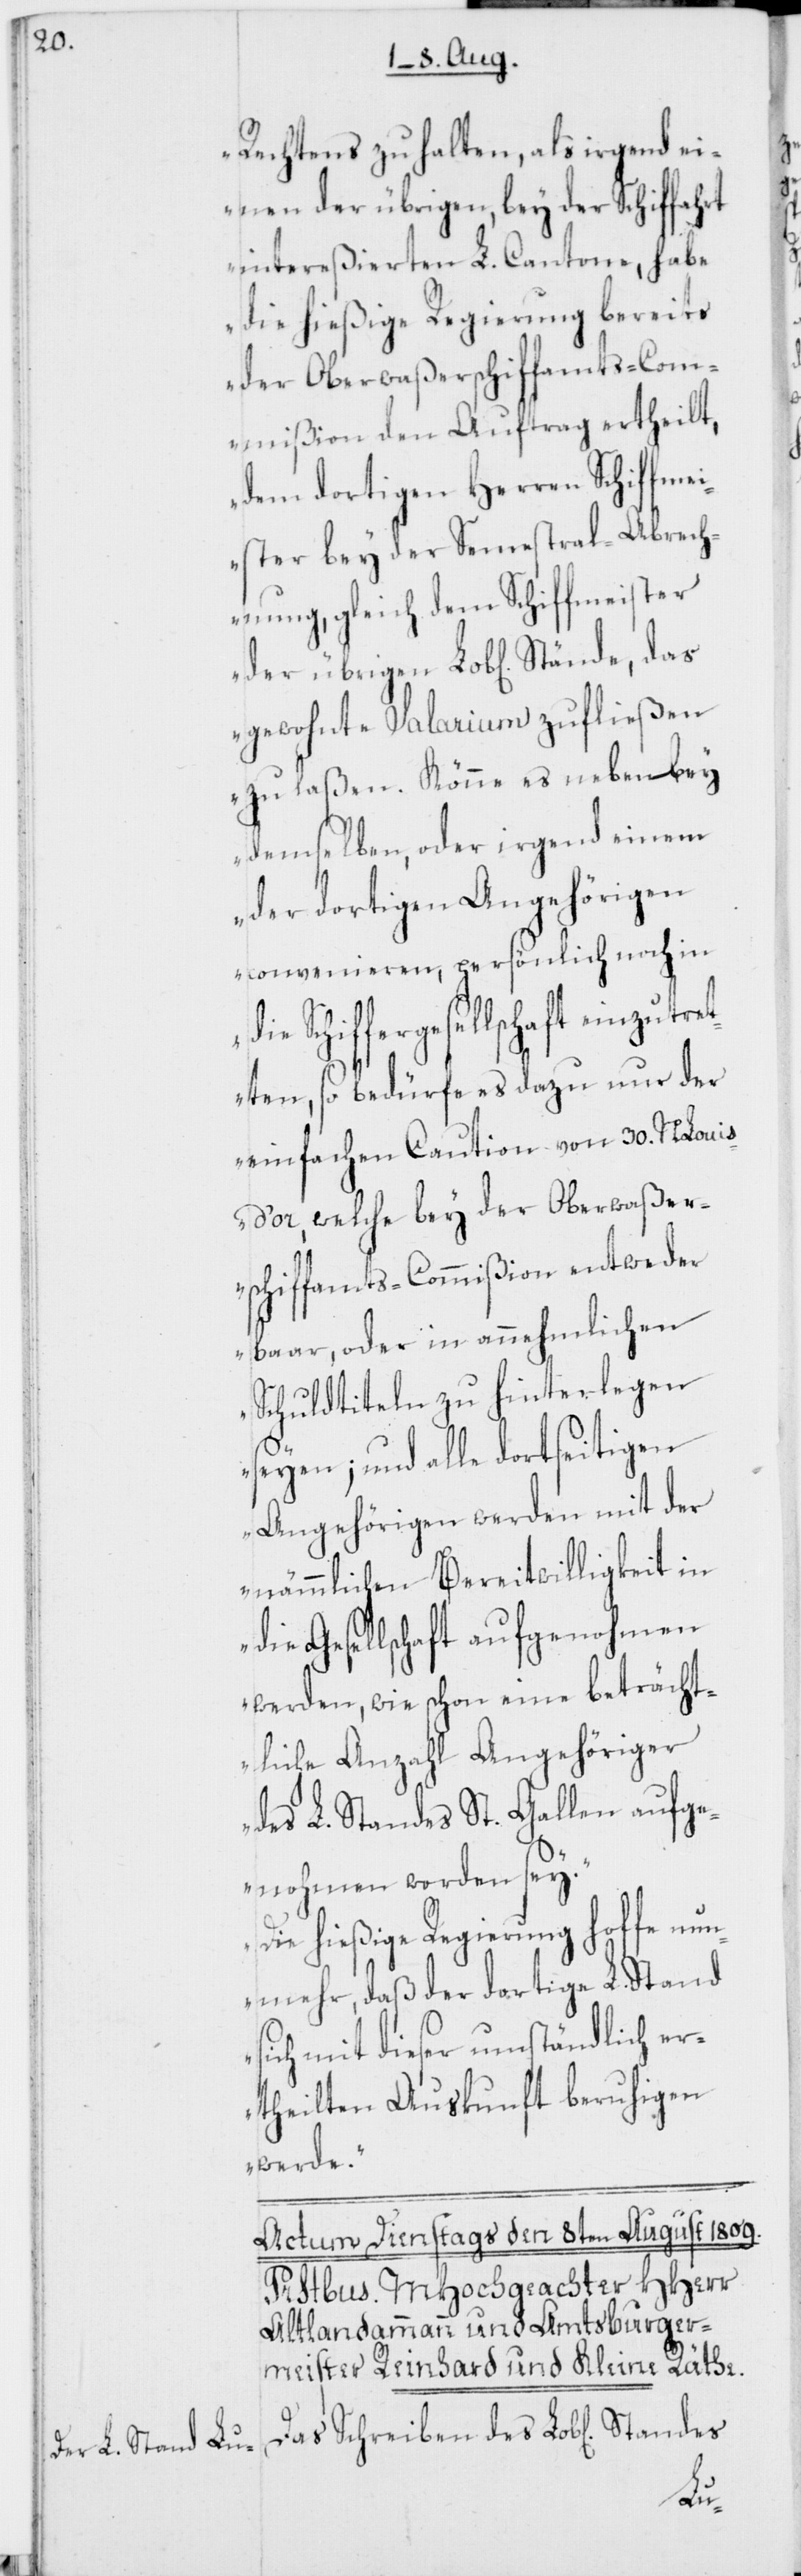
Rechtens zu halten, als irgend ei¬
nen der übrigen, bey der Schiffahrt
intereßierten L. Cantone, habe
die hießige Regierung bereits
der Oberwaßerschiffamts-Com¬
mißion den Auftrag ertheilt,
dem dortigen Herren Schiffmei¬
ster bey der Semestral-Abrech¬
nung, gleich dem Schiffmeister
gewohnte Salarium zufließen
zu laßen. Könne es nebenbey
demselben, oder irgend einem
der dortigen Angehörigen
convenieren, persönlich noch in
Schiffergesellschaft einzutr¬
etten, so bedürfe es dazu nur der
einfachen Caution von 30. NLouis
d’or, welche bey der Oberwaßer¬
schiffamts-Commißion entweder
baar, oder in annehmlichen
Schuldtiteln zu hinterlegen
seyen; und alle dortseitigen
Angehörigen werden mit der
nämmlichen Bereitwilligkeit in
die Gesellschaft aufgenohmen
werden, wie schon eine beträcht¬
liche Anzahl Angehöriger
des L. Standes St. Gallen aufg¬
enohmen worden sey.
Die hießige Regierung hoffe nun¬
mehr, daß der dortige L. Stand
sich mit dieser umständlich er¬
theilten Auskunft beruhigen
werde.“
Das Schreiben des Lob[lichen]
die